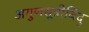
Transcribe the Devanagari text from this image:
अगुणसूत्रीबिंदु